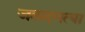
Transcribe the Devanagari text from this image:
जलदगत्या